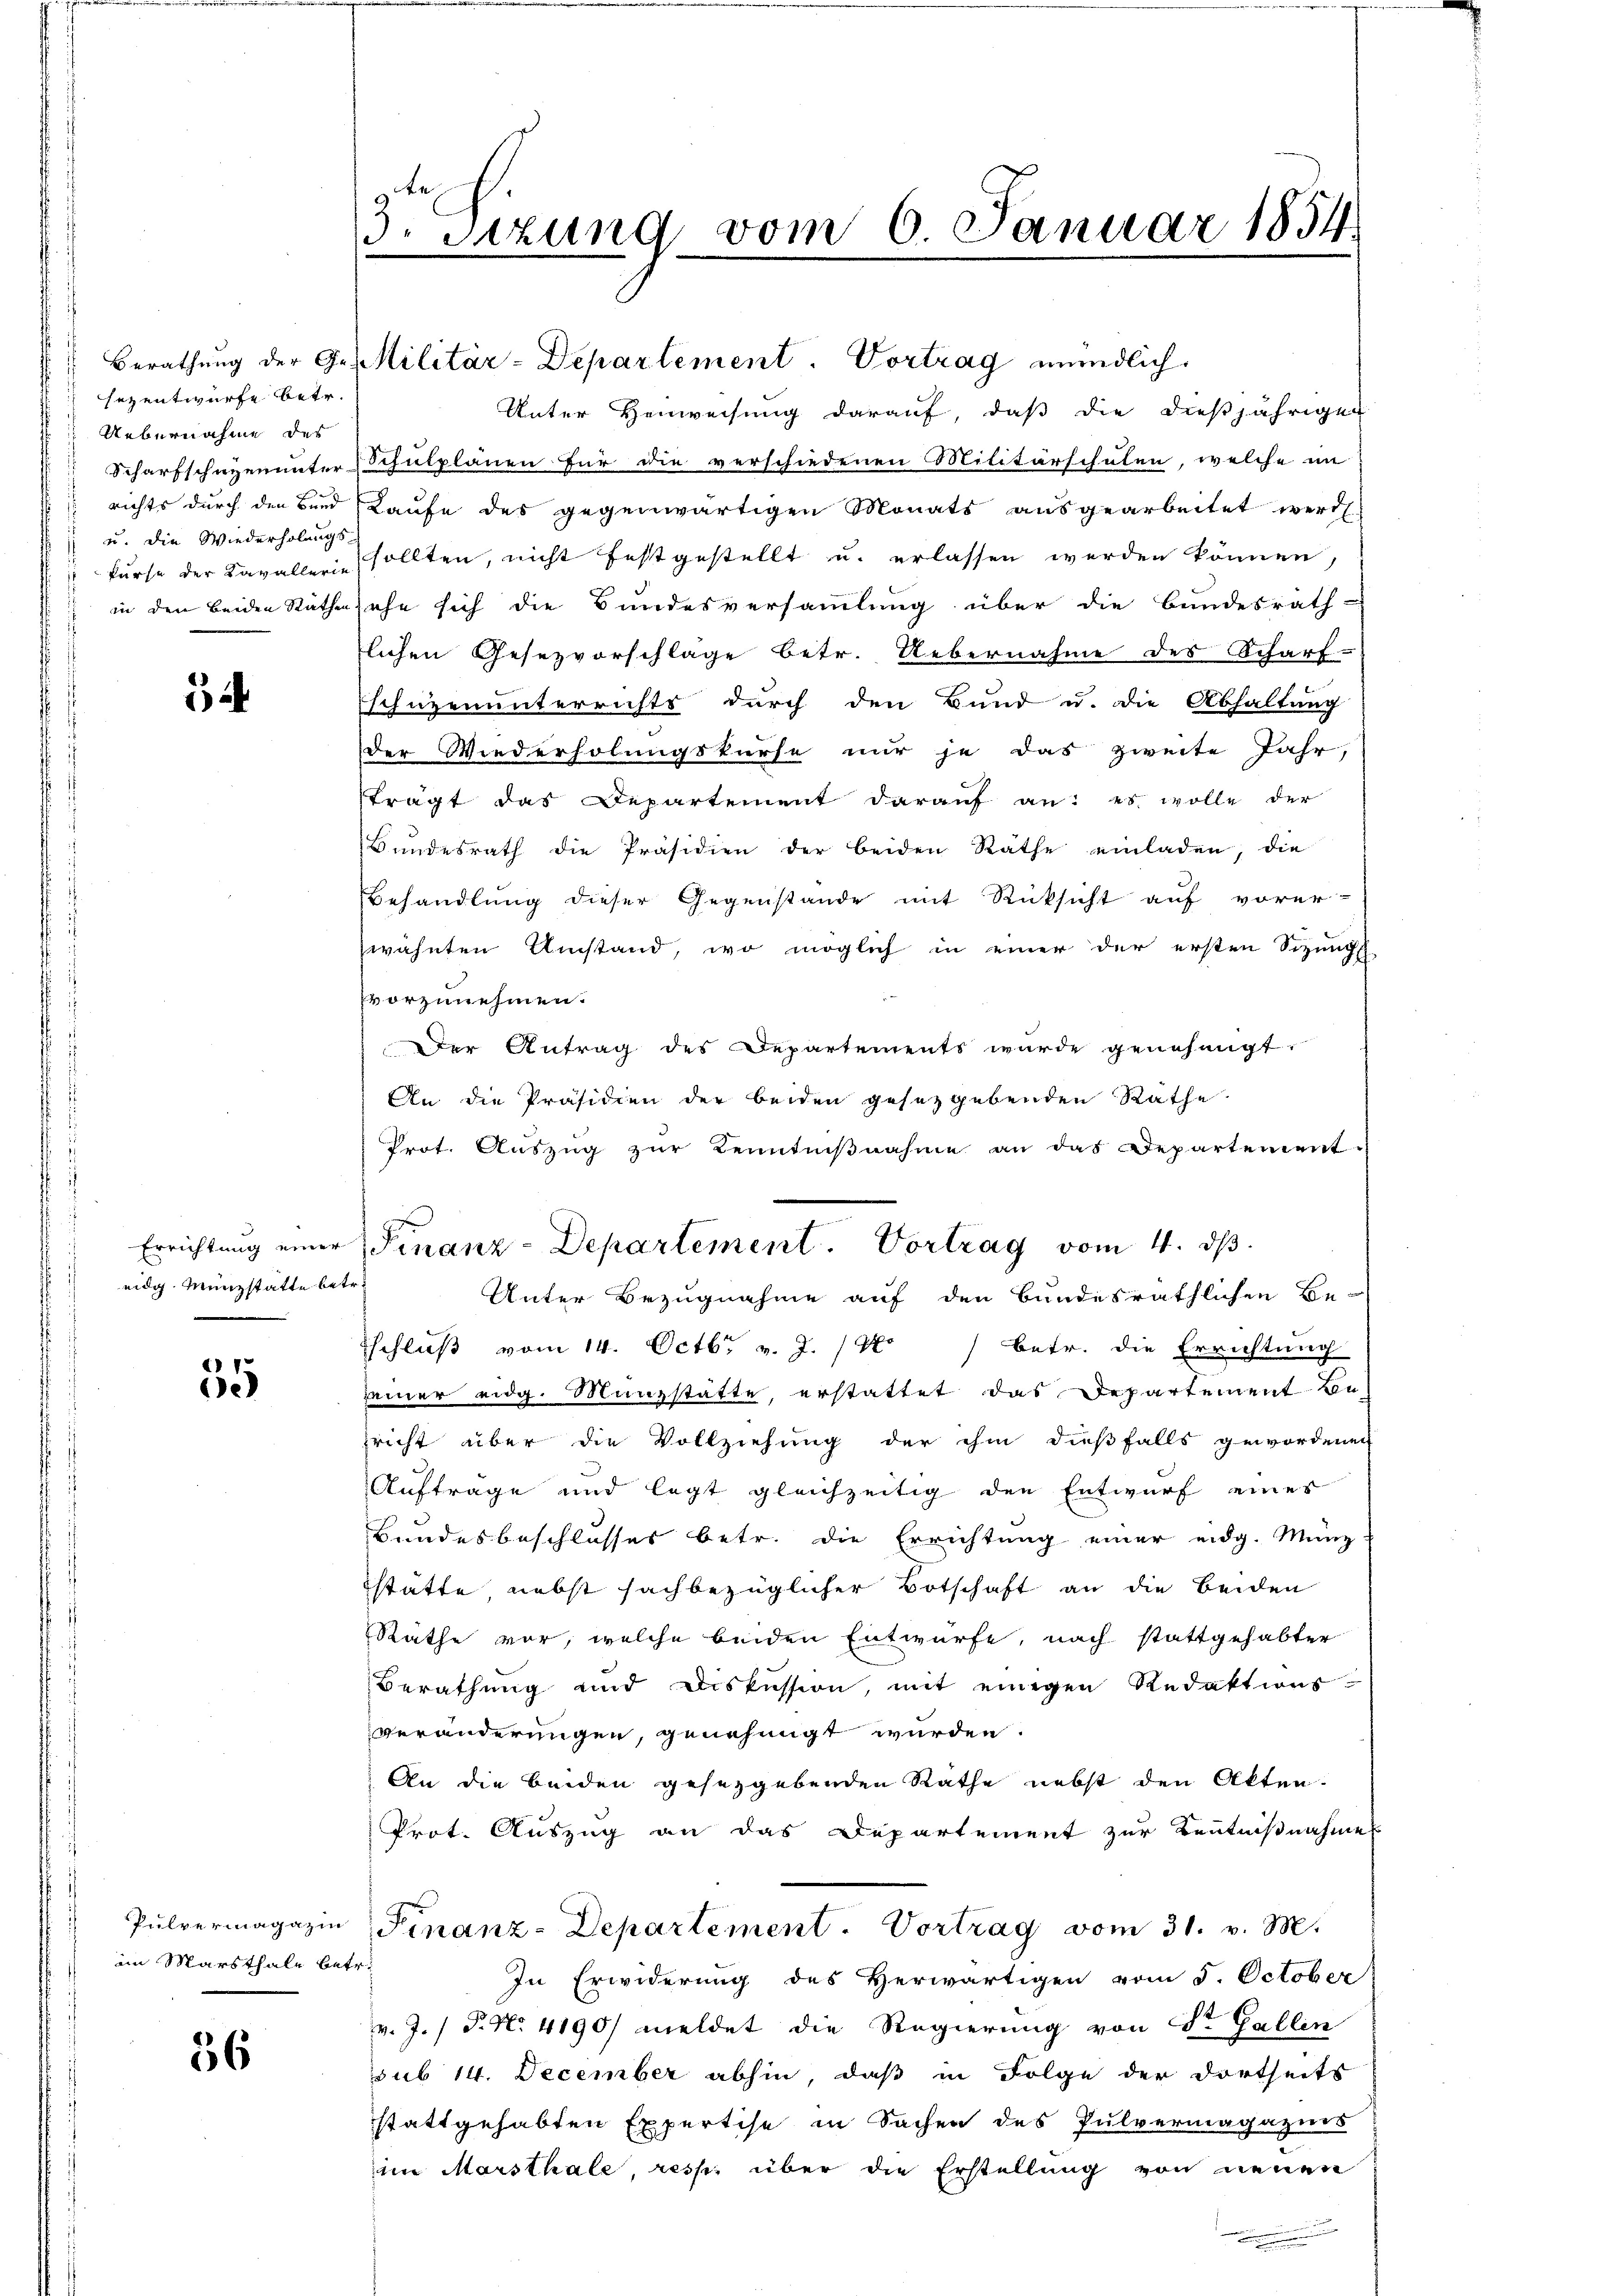
sezentwurfe betr.
Uebernahme des
Scharfschutzen unter
richts durch den Bund
u. die Wiederholungs-
kurse der Kavallerie
in den beiden Rathe

54

eidg. Münzstatte betr.

35

im Marsthale betr.

56

9
3. Sitzung vom 6. Januar 1854.

Berathung der Ges Militär-Departement. Vortrag mündlich

Errichtung einer Finanz-Departement. Vortrag vom 4. dβ.

Unter Henweisung darauf, daß die dießjährigen
Schulplänen für die verschiedenen Militärschulen, welche im
Laufe des gegenwärtigen Monats ausgearbeitet werd
sollten, nicht festgestellt u. erlassen werden können,
sehe sich die Bundesversammlung über die Bundesrath
lichen Gesezvorschlage betr. Uebernahme des Scharf-
schüzenunterrichts durch den Bund u. die Abhaltung
der Wiederholungskurse nur je das zweite Jahr,
trägt das Departement darauf an: es wolle der
Bundesrath die Präsidien der beiden Räthe einladen, die
Behandlung dieser Gegenstande mit Rücksicht auf vorer-
wähnten Umstand, wo möglich in einer der ersten Sizmi
vorzunehmen.
Der Antrag des Departements wurde genehmigt.
An die Präsidien der beiden gesetzgebenden Rathe
Prot. Aŭszŭg zŭr Kenntniβnahme an das Departement-
Unter Bezugnahme auf den bundesräthlichen Be-
Eschluß vom 14. Octbr. v. J. / M. betr. die Errichtung
seiner eidg. Manzstätte, erstattet das Departement Be-
pricht über die Vollziehung der ihm dießfalls gewordenen
Aufträge und legt gleichzeitig den Entwurf eines
Bundesbeschlusses betr. die Errichtung einer eidg. Münz-
stätte nebst sachbezüglicher Botschaft an die beiden
Räthe vor, welche beiden Entwürfe, nach stattgehabter
Berathung und Diskussion, mit einigen Redaktions-
veränderungen, genehmigt wurden.
An die beiden gesezgebenden Rathe nebst den Akten.
Prot. Auszug an das Departement zur Kenntnißnahmen
Pulvermagazin Finanz-Departement. Vortrag vom 31. v. M.
In Erwiderung des Herwärtigen vom 5. October
v. J. P. No. 4190/ meldet die Regierung von St. Gallin
sub 14. December abhin, daß in Folge der dortseits
stattgehabten Expertise in Sachen des Pulvermagaznes
im Marsthale, resp. über die Erstellung von neuen
e